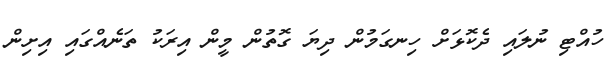
ހުއްޓި ނުލައި ދެކޮޅަށް ހިނގަމުން ދިޔަ ގޮތުން މީން އިރަކު ތަނެއްގައި އިށިން